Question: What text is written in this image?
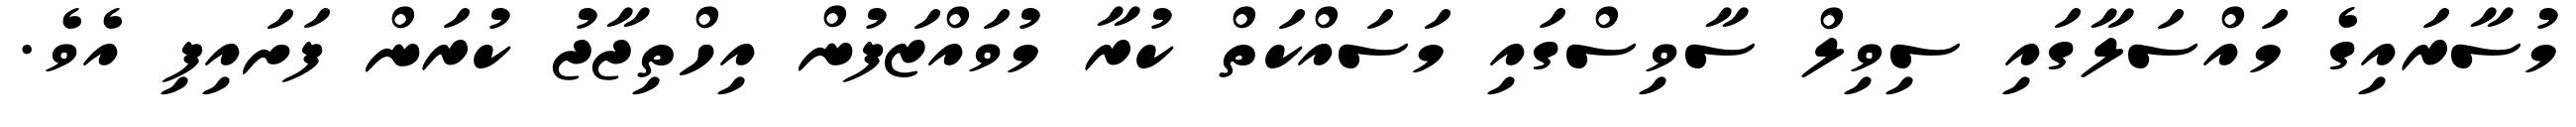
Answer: މުސާރައިގެ މައްސަލާގައި ސިވިލް ސާވިސްގައި މަސައްކަތް ކުރާ މުވައްޒަފުން އިހްތިޖާޖު ކުރަން ފަށައިފި އެވެ.